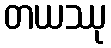
တယဿု